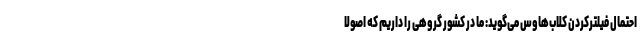
احتمال فیلترکردن کلاب‌هاوس می‌گوید: ما در کشور گروهی را داریم که اصولا